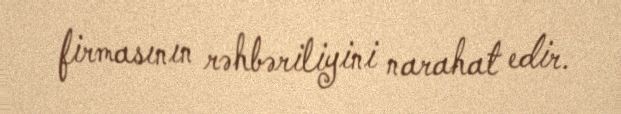
firmasının rəhbəriliyini narahat edir.